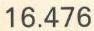
16.476